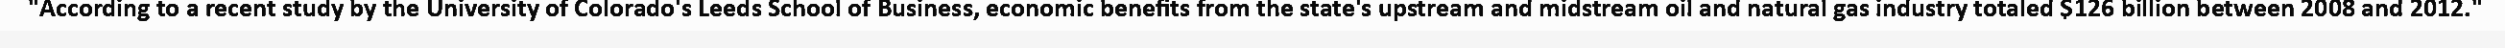
"According to a recent study by the University of Colorado's Leeds School of Business, economic benefits from the state's upstream and midstream oil and natural gas industry totaled $126 billion between 2008 and 2012."